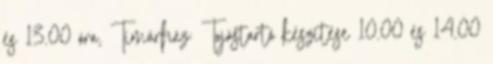
és 13.00 óra, Tímárház: Tojástartó készítése 10.00 és 14.00